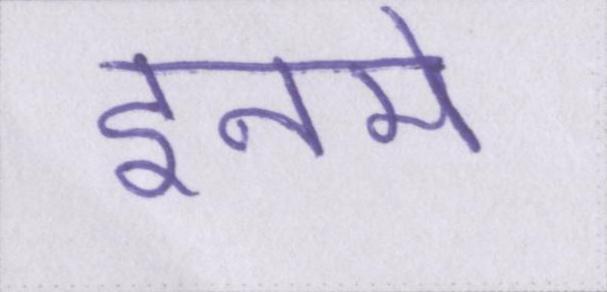
इनमे